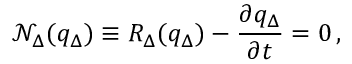
\mathcal { N } _ { \Delta } ( q _ { \Delta } ) \equiv R _ { \Delta } ( q _ { \Delta } ) - \frac { \partial q _ { \Delta } } { \partial t } = 0 \, ,